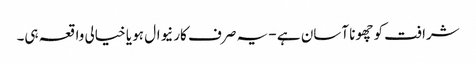
شرافت کو چھونا آسان ہے - یہ صرف کارنیوال ہو یا خیالی واقعہ ہی۔